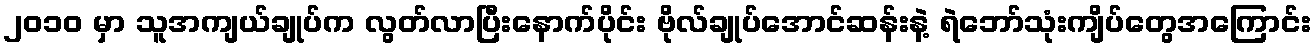
၂၀၁၀ မှာ သူအကျယ်ချုပ်က လွတ်လာပြီးနောက်ပိုင်း ဗိုလ်ချုပ်အောင်ဆန်းနဲ့ ရဲဘော်သုံးကျိပ်တွေအကြောင်း